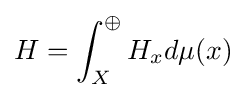
H=\int _{X}^{\oplus }H_{x}d\mu (x)